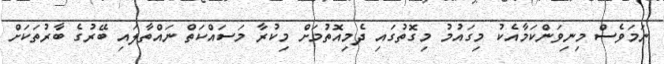
ނަމަވެސް މިނިވަންކަމާއެކު މިގައުމު މިގޮތުގައި ދެމިއޮތުމަށް މިކުރާ މަސައްކަތް ނައްތާލައި ބޭރުގެ ބާރުތަކަށް